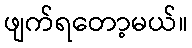
ဖျက်ရတော့မယ်။